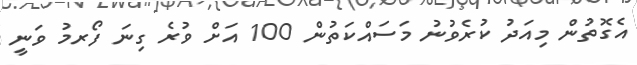
އެގޮތުން މިއަދު ކުރެވުނު މަސައްކަތުން 100 އަށް ވުރެ ގިނަ ފޯރމު ވަނީ